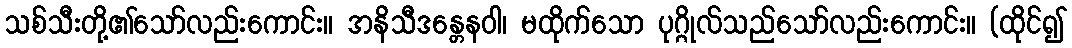
သစ်သီးတို့၏သော်လည်းကောင်း။ အနိသီဒန္တေနဝါ၊ မထိုက်သော ပုဂ္ဂိုလ်သည်သော်လည်းကောင်း။ (ထိုင်၍